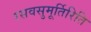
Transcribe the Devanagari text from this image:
रसवसुमूर्तिरिति